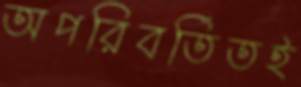
অপরিবর্তিতই